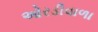
ઓરડીવાળા